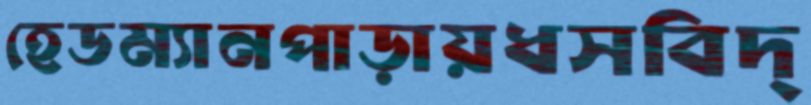
হেডম্যানপাড়ায়ধসবিদ্